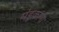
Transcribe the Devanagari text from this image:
मंडुकांना